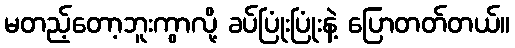
မတည့်တော့ဘူးကွာလို့ ခပ်ပြုံးပြုံးနဲ့ ပြောတတ်တယ်။